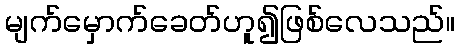
မျက်မှောက်ခေတ်ဟူ၍ဖြစ်လေသည်။